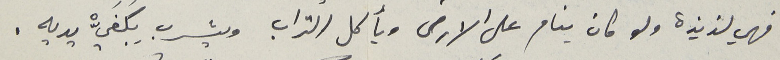
فهي لذيذة ولو كان ينام على الارض ويأكل التراب ويشرب بِكَفَيّْ يديه .